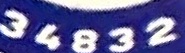
34832